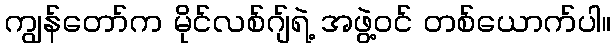
ကျွန်တော်က မိုင်လစ်ဂျ်ရဲ့ အဖွဲ့ဝင် တစ်ယောက်ပါ။